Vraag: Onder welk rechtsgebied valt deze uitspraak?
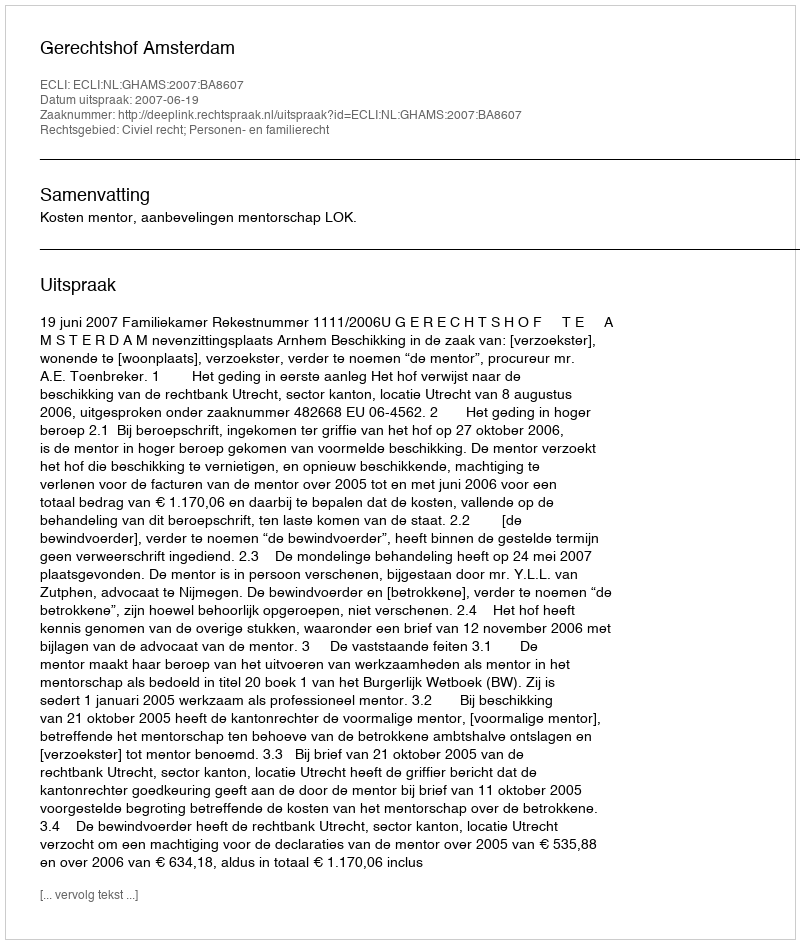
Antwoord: Civiel recht; Personen- en familierecht